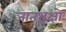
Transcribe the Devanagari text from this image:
जातश्चक्षोः